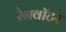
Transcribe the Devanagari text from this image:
रेनवॉटर